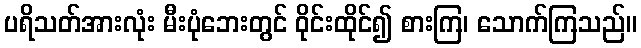
ပရိသတ်အားလုံး မီးပုံဘေးတွင် ဝိုင်းထိုင်၍ စားကြ၊ သောက်ကြသည်။